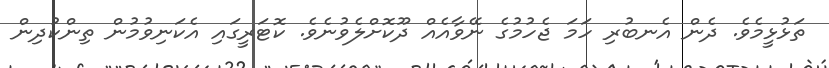
ތަޅުޅީމެވެ. ދެން އެނބުރި ހަމަ ޖެހުމުގެ ނޭވާއެއް ދޫކޮށްލެވުނެވެ. ކޮޓަރީގައި އެކަނިވުމުން ތިންކުދިން